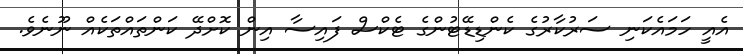
އެއީ ހަމައެކަނި ސަރުކާރުގެ ކެންޑިޑޭޓުންގެ ޓެކްސް ފައިސާ އިން ކޮށްދޭ ކަންތައްތަކެއް ނޫނެވެ.